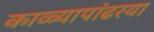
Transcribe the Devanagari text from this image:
काळ्यापांढरया